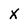
Character: x